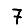
Digit: 7